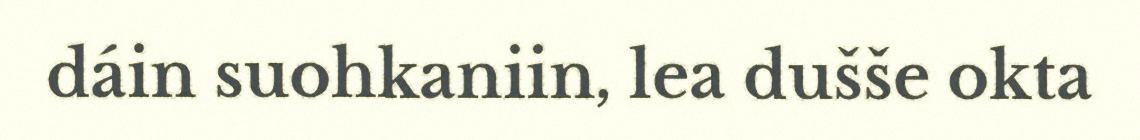
dáin suohkaniin, lea dušše okta